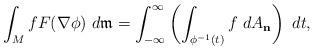
LaTeX: \begin{align*} \int_M f F(\nabla\phi)\ d\mathfrak{m} = \int_{-\infty}^{\infty} \left( \int_{\phi^{-1}(t)}f\ dA_\mathbf{n} \right)\ dt, \end{align*}